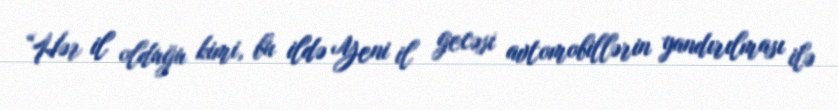
“Hər il olduğu kimi, bu ildə Yeni il gecəsi avtomobillərin yandırılması ilə